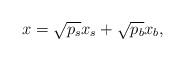
LaTeX: \begin{align*}x = \sqrt {{p_s}} {x_s} + \sqrt {{p_b}} {x_b},\end{align*}